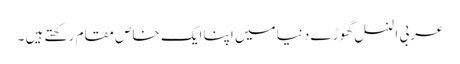
عربی النسل گھوڑے دنیا میں اپنا ایک خاص مقام رکھتے ہیں ۔